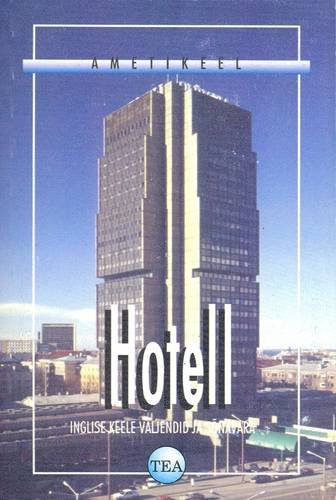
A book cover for Estonian-English Dictionary of Hotel Terminology (Ametikeel) (Estonian and English Edition); V. Raid; Travel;